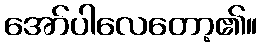
အော်ပါလေတော့၏။